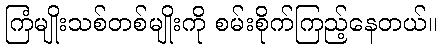
ကြံမျိုးသစ်တစ်မျိုးကို စမ်းစိုက်ကြည့်နေတယ်။